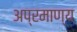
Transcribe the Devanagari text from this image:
अप्रमाण्‍य